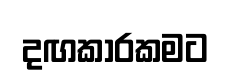
දඟකාරකමට